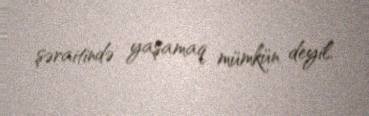
şəraitində yaşamaq mümkün deyil.